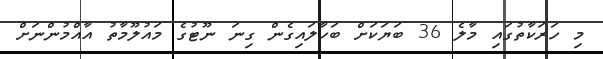
މި ހަރަކާތުގައި މާލެ 36 ބަޔަކަށް ބަހާލައިގެން ގިނަ ނޫޓުގެ މައުލޫމާތު އާއްމުންނަށް